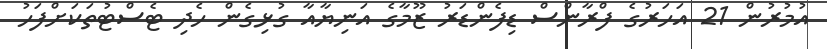
އުމުރުން 21 އަހަރުގެ ފްރާންސް ޑިފެންޑަރު ޒޫމާގެ އަނިޔާއާ ގުޅިގެން ހެދި ޓެސްޓުތަކަށްފަހު